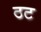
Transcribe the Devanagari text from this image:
ठट